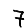
Digit: 7